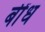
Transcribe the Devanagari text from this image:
बींध